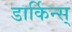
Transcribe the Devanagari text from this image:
डार्किन्स्